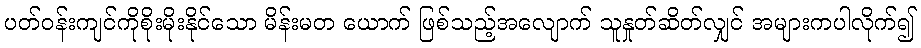
ပတ်ဝန်းကျင်ကိုစိုးမိုးနိုင်သော မိန်းမတ ယောက် ဖြစ်သည့်အလျောက် သူနှုတ်ဆိတ်လျှင် အများကပါလိုက်၍